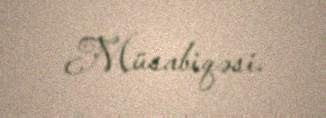
Müsabiqəsi.